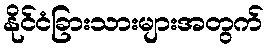
နိုင်ငံခြားသားများအတွက်